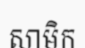
សាមិក